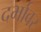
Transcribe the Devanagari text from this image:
दर्भावर